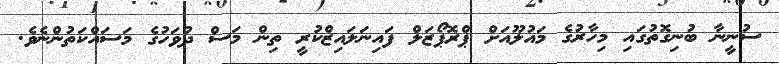
ސުނީނާ ބުނިގޮތުގައި މިހާރުގެ މައުލޫއަށް ޕްރޮޕޯޒަލް ފައިނަލައިޒްކުރީ ތިން މަސް ދުވަހުގެ މަސައްކަތުންނެވެ.